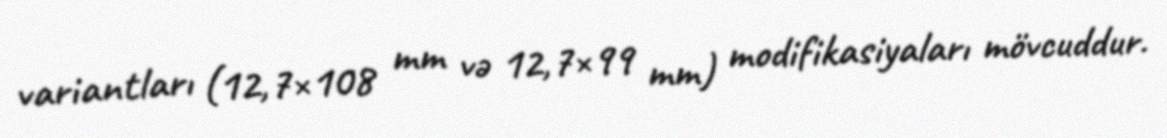
variantları (12,7×108 mm və 12,7×99 mm) modifikasiyaları mövcuddur.